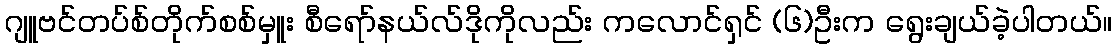
ဂျူဗင်တပ်စ်တိုက်စစ်မှူး စီရော်နယ်လ်ဒိုကိုလည်း ကလောင်ရှင် (၆)ဦးက ရွေးချယ်ခဲ့ပါတယ်။